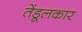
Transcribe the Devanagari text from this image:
तेंडूलकार